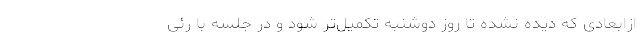
ازابعادی که دیده نشده تا روز دوشنبه تکمیل‌تر شود و در جلسه با رئی